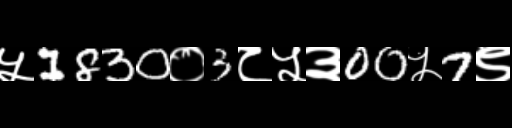
Text: ५1830०3८५३00५7९